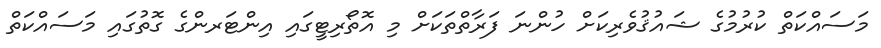
މަސައްކަތް ކުރުމުގެ ޝައުޤުވެރިކަށް ހުންނަ ފަރާތްތަކަށް މި އޮތޯރިޓީގައި އިންޓަރންގެ ގޮތުގައި މަސައްކަތް